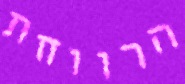
הרווחת